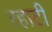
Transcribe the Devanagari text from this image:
रहाटी